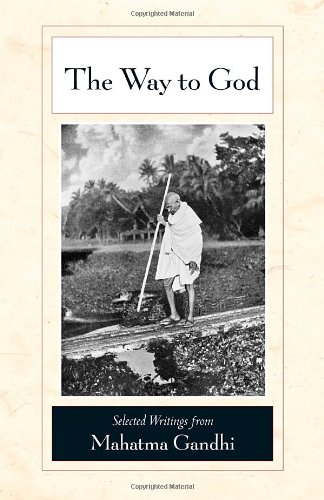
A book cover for The Way to God: Selected Writings from Mahatma Gandhi; Mahatma Gandhi; Religion & Spirituality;